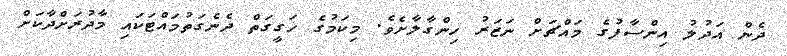
ދެން އަދުލު އިންސާފުގެ މައްޗަށް ނަޒަރު ހިންގާލާށެވެ. މިކަމުގެ ހަގީގަތް ދެނެގަތުމައްޓަކައި މާދުރަށްދާކަށް